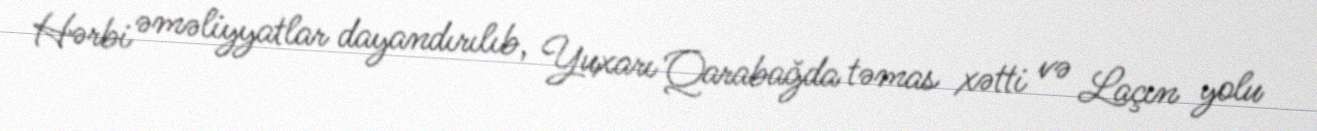
Hərbi əməliyyatlar dayandırılıb, Yuxarı Qarabağda təmas xətti və Laçın yolu